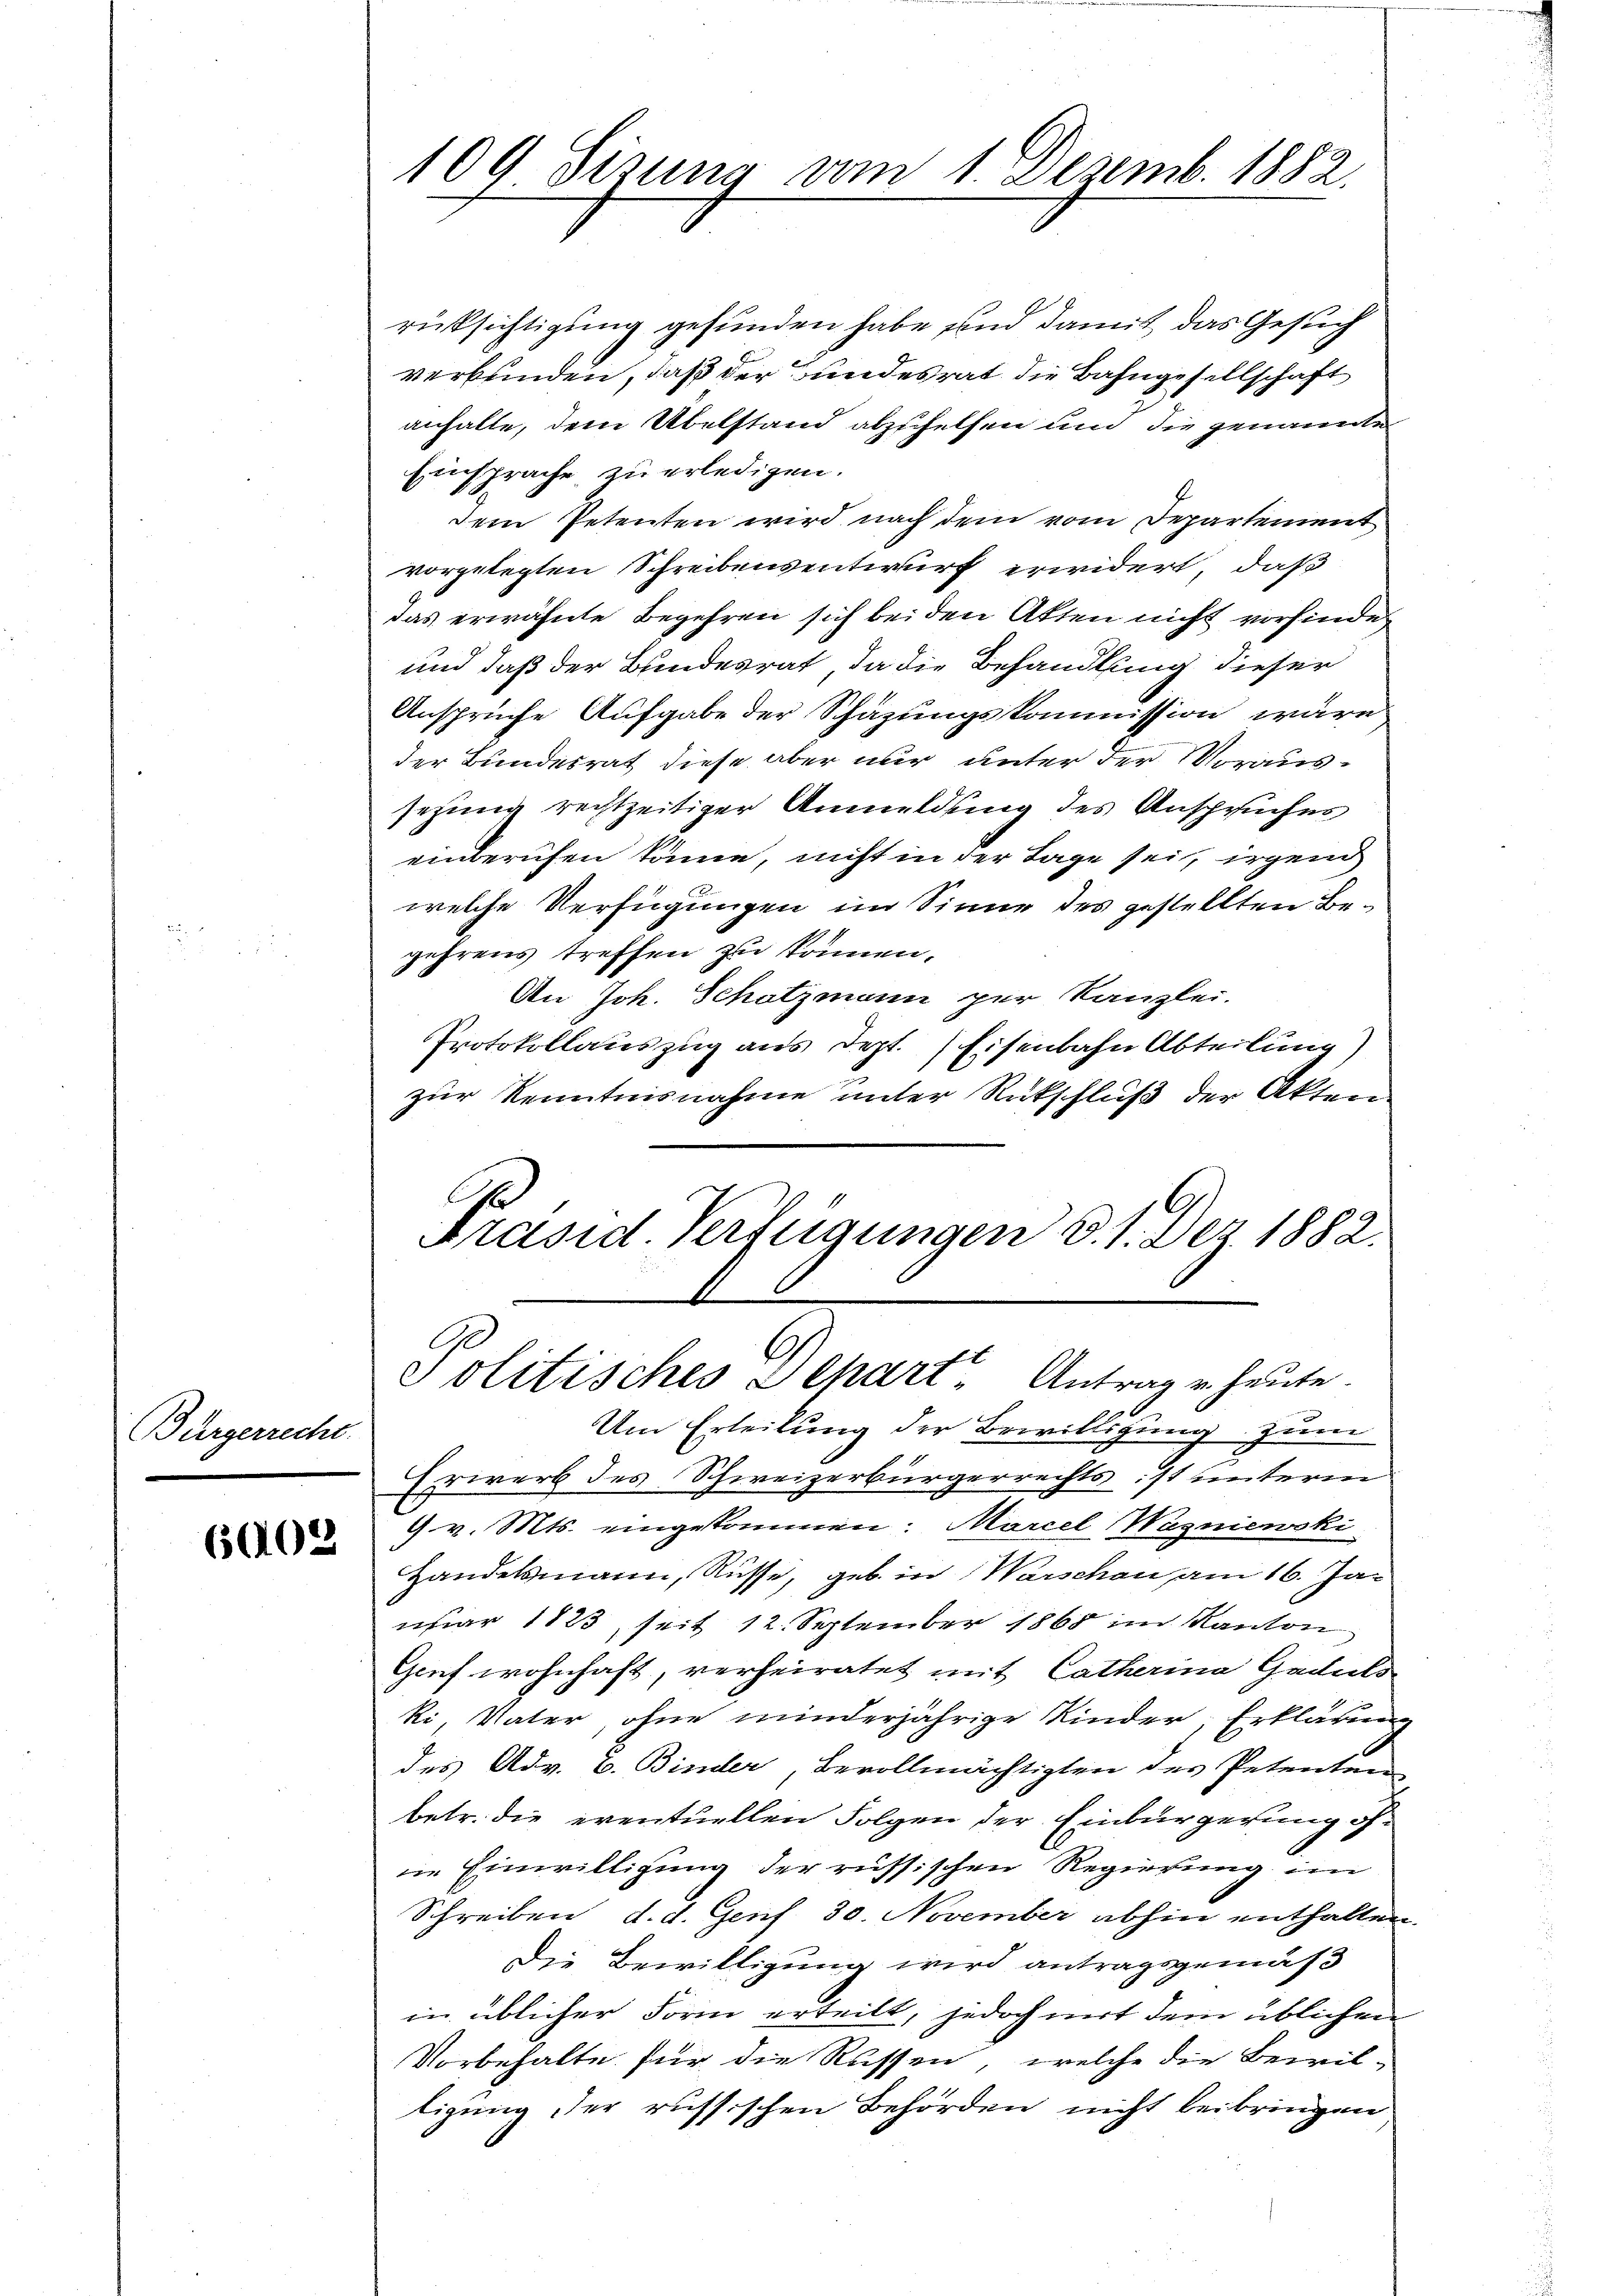
Bürgerrecht.

6002

rücksichtigung gefunden habe sind damit das Gesuch
verbunden, daß der Bundesrat die Bahngesellschaft
anhalte, dem Übelstand abzuhelfen und die genannte
Einsprache zu erledigen.
dem Petenten wird nach dem vom Departement
vorgelegten Schreibensentwurf erwidert, daß
das erwähnte Begehren sich bei den Akten nicht vorfindes
und daß der Bundesrat, da die Behandlung dieser
Ansprüche Aufgabe der Schazungskommission wäre
der Bundesrat diese aber nur unter der Voraussezung rechtzeitiger Anmeldung des Anspruches
einberufen könne, nicht in der Lage sei, irgend
welche Verfügungen im Sinne des gestellten Begehrens treffen zu können.
An Joh. Schatzmann per Kanzlei.
Protokollauszug aus Dept. Eisenbahn Abteilung)
zur Kenntnisnahme unter Rückschluß der Akten.
Präsid. Verfügungen d. 1. Der 1882.
Politisches Schart - Antrag u. heute.
Um Erteilung der Bewilligung zum
Erivers des Schweizerbürgerrechts ist unterm
9 v. Mts. eingekommen: Marcel Wagniewski
Handelsmann, Rüsse, geb. in Warschau am 16. Januar 1823 seit 12. September 1868 im Kanton
Genf wohnhaft, verheiratet mit Catherina Gadels
Ri, Vater, ohne minderjährige Kinder, Erklärung
des Adv. v. Binder, Bevollmächtigten des Patenten
betr. die eventuellen Folgen der Einbürgerung ofne Einwilligung der russischen Regierung im
Schreiben d. d. Genf 30. November abhin enthalten
Die Bewilligung wird antragsgemäß
in üblicher Form erteilt, jedoch mit dem üblichen
Vorbehalte für die Rassen, welche die Bewilligung der russischen Behörden nicht beibringen

109 Sisung vom 1. Dezemb. 1882.